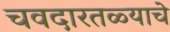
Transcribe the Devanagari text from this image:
चवदारतळ्याचे